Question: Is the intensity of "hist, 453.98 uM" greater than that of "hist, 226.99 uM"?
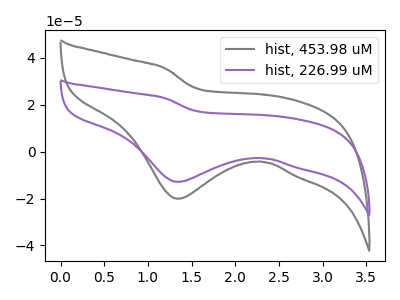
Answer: <think>The gray curve "hist, 453.98 uM" has a cathodic peak at: (1.35V, -20.10uA). The purple curve "hist, 226.99 uM" has a cathodic peak at: (1.35V, -12.90uA).
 All the peaks in "hist, 453.98 uM" have a peak in "hist, 226.99 uM" at the same potential. Every peak in "hist, 453.98 uM" is higher than every peak in "hist, 226.99 uM".</think>
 <answer>"hist, 453.98 uM" has more signal than "hist, 226.99 uM".</answer>
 <eval>more_signal</eval>